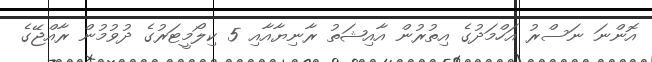
އޮންނަ ނަސްރު އަހްމަދުގެ އިތުރުން އާއިޝަތު ރާނިޔާއާއި 5 ކިލޯމީޓަރުގެ ދުވުމުން ރާއްޖޭގެ